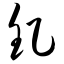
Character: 钇